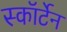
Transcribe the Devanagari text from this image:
स्कॉर्टेन